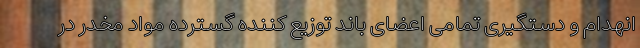
انهدام و دستگیری تمامی اعضای باند توزیع کننده گسترده مواد مخدر در